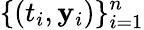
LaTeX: \{ (t_{i},\mathbf{y}_{i})\} _{i=1}^{n}